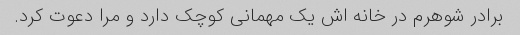
برادر شوهرم در خانه اش یک مهمانی کوچک دارد و مرا دعوت کرد.